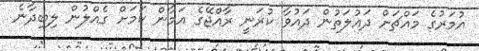
އުމަރުގެ މައްޗަށް ދައުލަތުން ދައުވާ ކުރަނީ ރާއްޖޭގެ އަމާން ކަމަށް ގެއްލުން ލިބިދާނެ